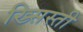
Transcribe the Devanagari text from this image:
ख्र्सिस्ती